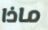
ماذا